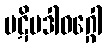
ပဋိပဒါဝဂ္ဂေါ